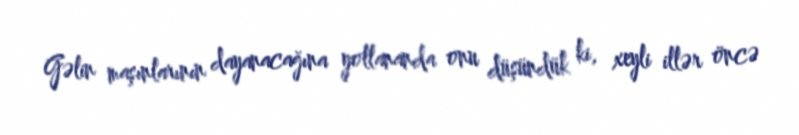
Gəlin maşınlarının dayanacağına yollananda onu düşündük ki, xeyli illər öncə